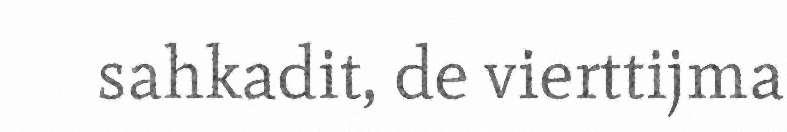
sahkadit, de vierttijma